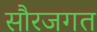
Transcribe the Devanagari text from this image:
सौरजगत